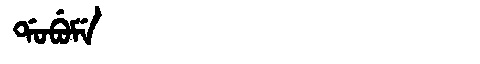
Manchu: ᡩᠣᠪᡠᠮᡝ
Romanization: DOBUME